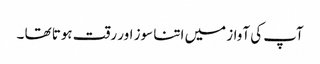
آپ کی آواز میں اتنا سوز اور رقت ہوتا تھا ۔